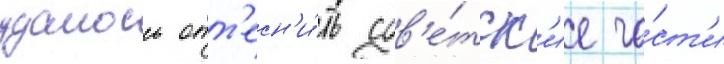
удалось отт'есн'и́ть сов'е́тск'ие ча́ст'и